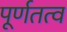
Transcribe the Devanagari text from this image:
पूर्णतत्व